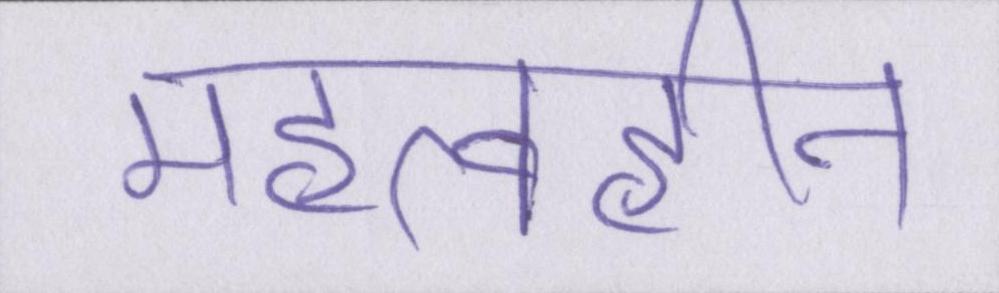
महत्वहीन